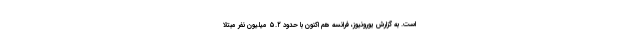
است. به گزارش یورونیوز، فرانسه هم اکنون با حدود ۵.۲ میلیون نفر مبتلا